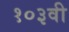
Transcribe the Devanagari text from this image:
१०३वी